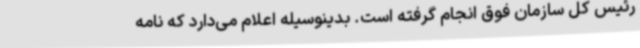
رئیس کل سازمان فوق انجام گرفته است. بدینوسیله اعلام می‌دارد که نامه